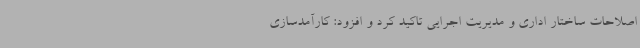
اصلاحات ساختار اداری و مدیریت اجرایی تاکید کرد و افزود: کارآمدسازی